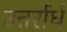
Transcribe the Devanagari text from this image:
उत्तर्रार्ध